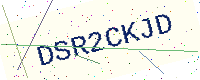
Text: DSR2CKJD